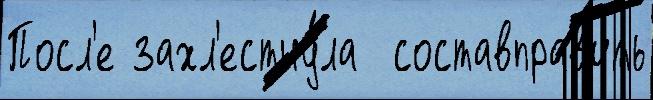
Посл'е захл'естну́ла  составправ'ить